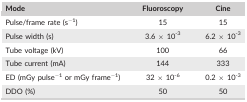
<table><thead><tr><td><b>Mode</b></td><td><b>Fluoroscopy</b></td><td><b>Cine</b></td></tr></thead><tbody><tr><td>Pulse/frame rate (s<sup>−1</sup>)</td><td>15</td><td>15</td></tr><tr><td>Pulse width (s)</td><td>3.6 × 10<sup>‐3</sup></td><td>6.2 × 10<sup>‐3</sup></td></tr><tr><td>Tube voltage (kV)</td><td>100</td><td>66</td></tr><tr><td>Tube current (mA)</td><td>144</td><td>333</td></tr><tr><td>ED (mGy pulse<sup>−1</sup> or mGy frame<sup>−1</sup>)</td><td>32 × 10<sup>‐6</sup></td><td>0.2 × 10<sup>‐3</sup></td></tr><tr><td>DDO (%)</td><td>50</td><td>50</td></tr></tbody></table>